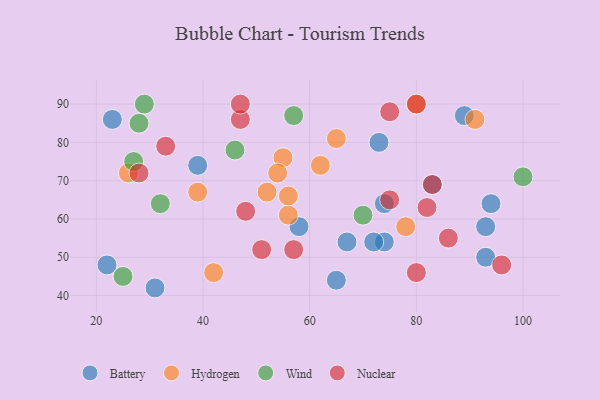
{"axis": {"x": "GDP", "y": "Life Expectancy"}, "legend": ["Battery", "Hydrogen", "Nuclear", "Wind"], "data": [{"x": "23", "y": 86, "type": "Battery"}, {"x": "67", "y": 54, "type": "Battery"}, {"x": "94", "y": 64, "type": "Battery"}, {"x": "74", "y": 54, "type": "Battery"}, {"x": "89", "y": 87, "type": "Battery"}, {"x": "65", "y": 44, "type": "Battery"}, {"x": "39", "y": 74, "type": "Battery"}, {"x": "93", "y": 58, "type": "Battery"}, {"x": "72", "y": 54, "type": "Battery"}, {"x": "31", "y": 42, "type": "Battery"}, {"x": "74", "y": 64, "type": "Battery"}, {"x": "58", "y": 58, "type": "Battery"}, {"x": "83", "y": 69, "type": "Battery"}, {"x": "73", "y": 80, "type": "Battery"}, {"x": "93", "y": 50, "type": "Battery"}, {"x": "22", "y": 48, "type": "Battery"}, {"x": "56", "y": 61, "type": "Hydrogen"}, {"x": "91", "y": 86, "type": "Hydrogen"}, {"x": "56", "y": 66, "type": "Hydrogen"}, {"x": "55", "y": 76, "type": "Hydrogen"}, {"x": "54", "y": 72, "type": "Hydrogen"}, {"x": "26", "y": 72, "type": "Hydrogen"}, {"x": "62", "y": 74, "type": "Hydrogen"}, {"x": "39", "y": 67, "type": "Hydrogen"}, {"x": "78", "y": 58, "type": "Hydrogen"}, {"x": "52", "y": 67, "type": "Hydrogen"}, {"x": "80", "y": 90, "type": "Hydrogen"}, {"x": "65", "y": 81, "type": "Hydrogen"}, {"x": "42", "y": 46, "type": "Hydrogen"}, {"x": "46", "y": 78, "type": "Wind"}, {"x": "70", "y": 61, "type": "Wind"}, {"x": "29", "y": 90, "type": "Wind"}, {"x": "32", "y": 64, "type": "Wind"}, {"x": "57", "y": 87, "type": "Wind"}, {"x": "25", "y": 45, "type": "Wind"}, {"x": "100", "y": 71, "type": "Wind"}, {"x": "27", "y": 75, "type": "Wind"}, {"x": "28", "y": 85, "type": "Wind"}, {"x": "47", "y": 86, "type": "Nuclear"}, {"x": "75", "y": 65, "type": "Nuclear"}, {"x": "80", "y": 90, "type": "Nuclear"}, {"x": "83", "y": 69, "type": "Nuclear"}, {"x": "28", "y": 72, "type": "Nuclear"}, {"x": "57", "y": 52, "type": "Nuclear"}, {"x": "75", "y": 88, "type": "Nuclear"}, {"x": "82", "y": 63, "type": "Nuclear"}, {"x": "80", "y": 46, "type": "Nuclear"}, {"x": "96", "y": 48, "type": "Nuclear"}, {"x": "86", "y": 55, "type": "Nuclear"}, {"x": "51", "y": 52, "type": "Nuclear"}, {"x": "33", "y": 79, "type": "Nuclear"}, {"x": "48", "y": 62, "type": "Nuclear"}, {"x": "47", "y": 90, "type": "Nuclear"}]}